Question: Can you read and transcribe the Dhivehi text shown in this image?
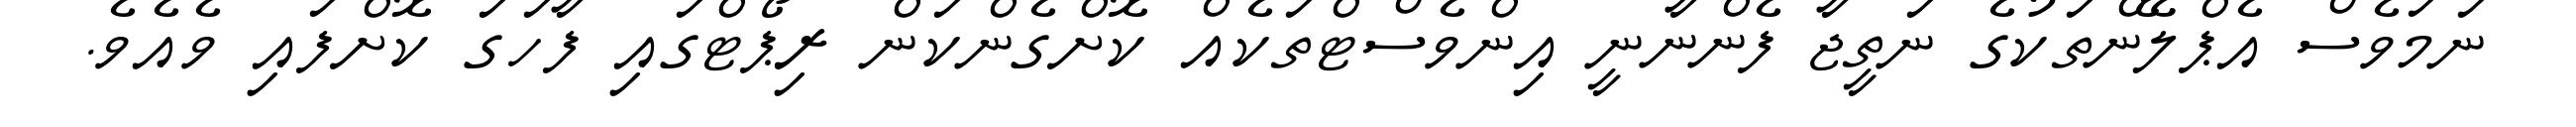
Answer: ނަމަވެސް އެޕްލޭންތަކުގެ ނަތީޖާ ފެންނާނީ އިންވެސްޓްތަކެއް ކޮށްގެންކަން ރިޕޯޓްގައި ފާހަގަ ކޮށްފައި ވެއެވެ.